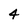
Character: 4